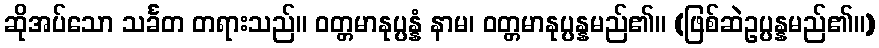
ဆိုအပ်သော သင်္ခတ တရားသည်။ ဝတ္တမာနုပ္ပန္နံ နာမ၊ ဝတ္တမာနုပ္ပန္နမည်၏။ (ဖြစ်ဆဲဥပ္ပန္နမည်၏။)